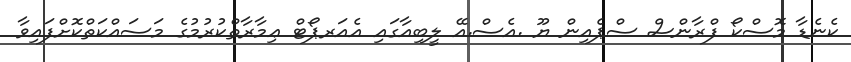
ކެނެޑާ މޮސްކޯ ފްރާންސް ސްޕެއިން ޔޫ .އެސް.އޭ ލީބިއާގައި އެއަރޕޯޓް ޢިމާރާތްކުރުމުގެ މަސައްކަތްކޮށްފައިވާ